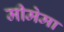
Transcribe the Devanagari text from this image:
मीमेमा